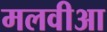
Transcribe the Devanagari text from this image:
मलवीआ